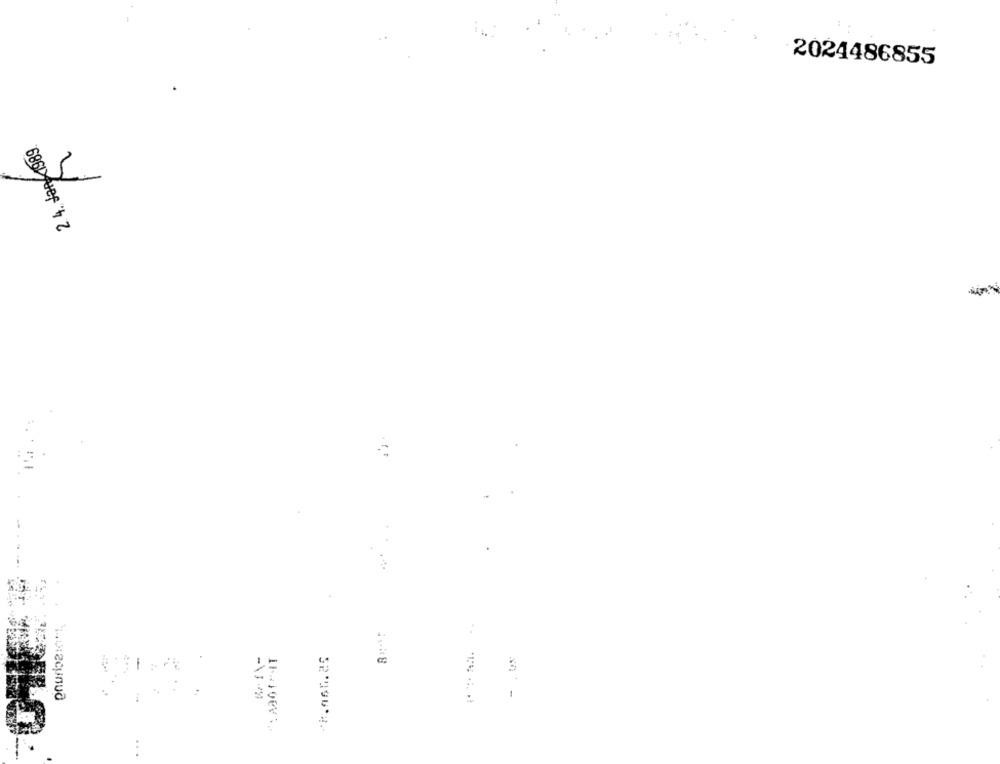
2024486855
2. 4. Jan 1989
1-
--